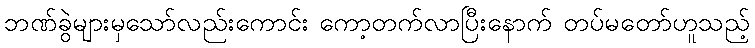
ဘဏ်ခွဲများမှသော်လည်းကောင်း ကော့တက်လာပြီးနောက် တပ်မတော်ဟူသည့်